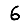
Digit: 6